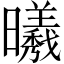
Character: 𣌀